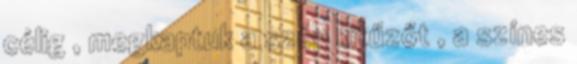
célig , megkaptuk a szép kitűzőt , a színes